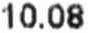
10.08